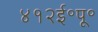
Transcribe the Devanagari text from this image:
४१२ई॰पू॰